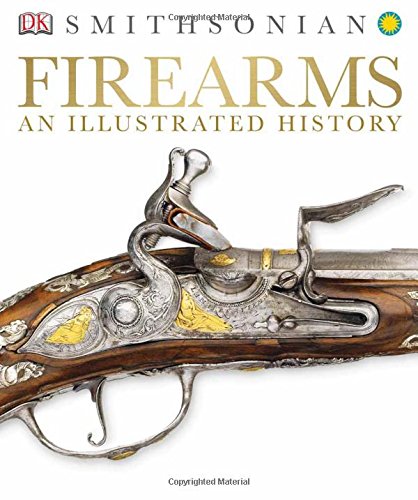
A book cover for Firearms: An Illustrated History; DK Publishing; Crafts, Hobbies & Home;